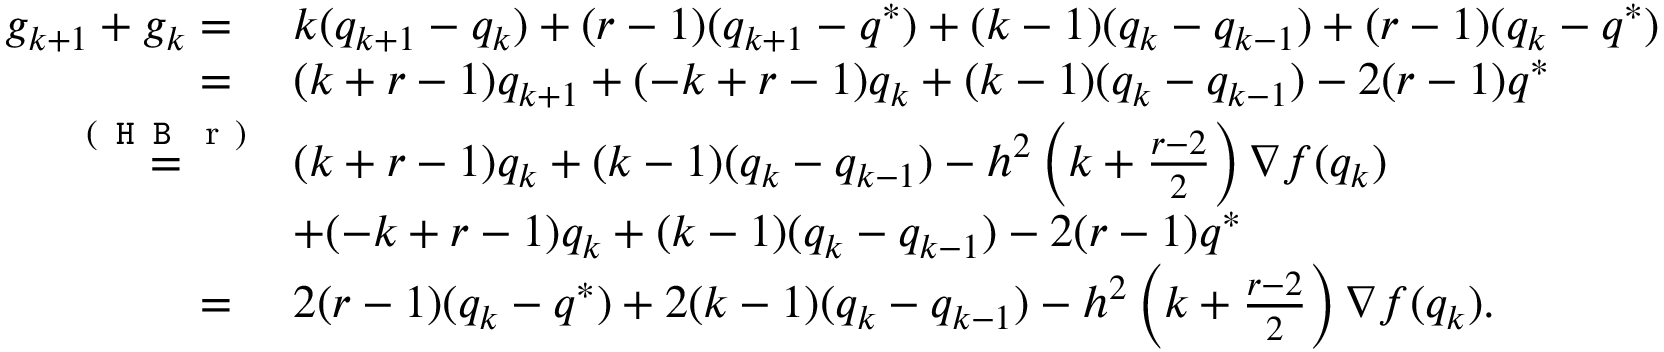
\begin{array} { r l } { g _ { k + 1 } + g _ { k } = \ } & { k ( q _ { k + 1 } - q _ { k } ) + ( r - 1 ) ( q _ { k + 1 } - q ^ { * } ) + ( k - 1 ) ( q _ { k } - q _ { k - 1 } ) + ( r - 1 ) ( q _ { k } - q ^ { * } ) } \\ { = \ } & { ( k + r - 1 ) q _ { k + 1 } + ( - k + r - 1 ) q _ { k } + ( k - 1 ) ( q _ { k } - q _ { k - 1 } ) - 2 ( r - 1 ) q ^ { * } } \\ { \overset { \mathrm { ( \texttt { H B } ~ r ~ ) } } { = } } & { ( k + r - 1 ) q _ { k } + ( k - 1 ) ( q _ { k } - q _ { k - 1 } ) - h ^ { 2 } \left( k + \frac { r - 2 } { 2 } \right) \nabla f ( q _ { k } ) } \\ & { + ( - k + r - 1 ) q _ { k } + ( k - 1 ) ( q _ { k } - q _ { k - 1 } ) - 2 ( r - 1 ) q ^ { * } } \\ { = \ } & { 2 ( r - 1 ) ( q _ { k } - q ^ { * } ) + 2 ( k - 1 ) ( q _ { k } - q _ { k - 1 } ) - h ^ { 2 } \left( k + \frac { r - 2 } { 2 } \right) \nabla f ( q _ { k } ) . } \end{array}